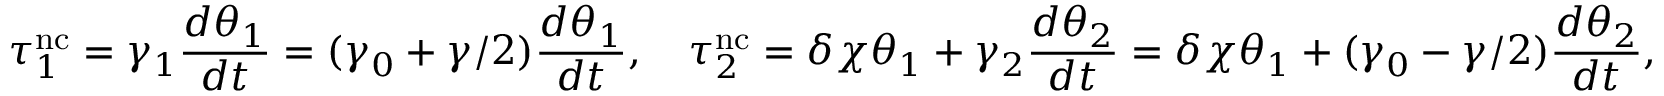
\tau _ { 1 } ^ { \mathrm { n c } } = \gamma _ { 1 } \frac { d \theta _ { 1 } } { d t } = ( \gamma _ { 0 } + \gamma / 2 ) \frac { d \theta _ { 1 } } { d t } , \quad \tau _ { 2 } ^ { \mathrm { n c } } = \delta \chi \theta _ { 1 } + \gamma _ { 2 } \frac { d \theta _ { 2 } } { d t } = \delta \chi \theta _ { 1 } + ( \gamma _ { 0 } - \gamma / 2 ) \frac { d \theta _ { 2 } } { d t } ,